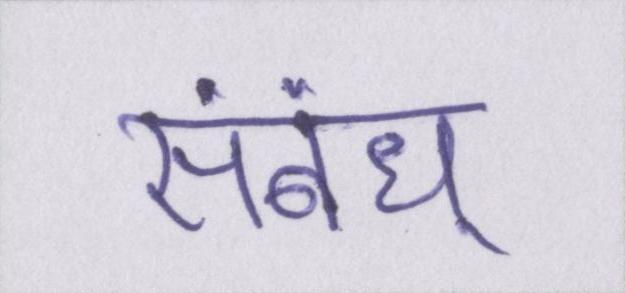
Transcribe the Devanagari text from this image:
संबंध्